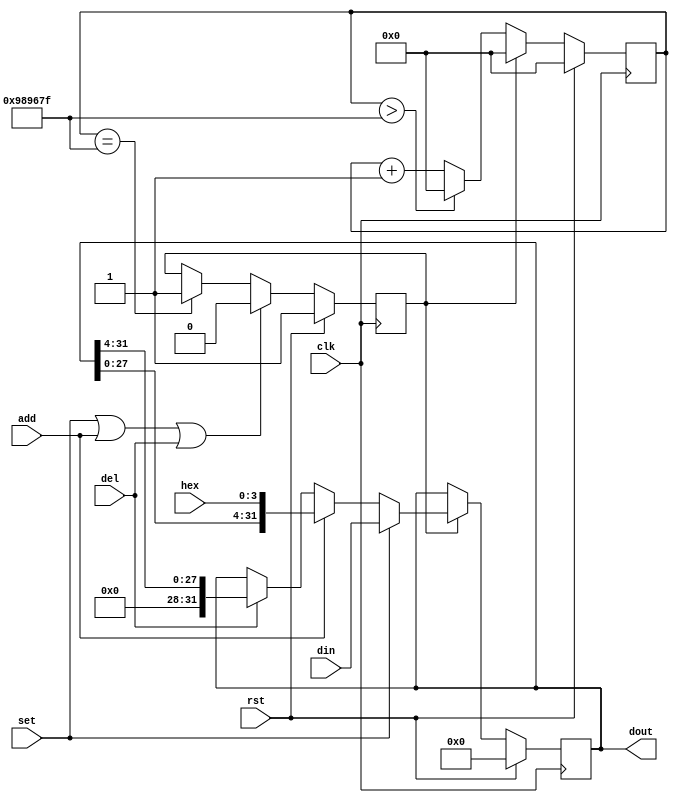
`timescale 1ns / 1ps

/* 
 *   Last update: 2023.04.02
 */


// Lab3's answer is here~
module Shift_reg(
    input rst,
    input clk,          // Work at 100MHz clock

    input [31:0] din,   // Data input  
    input [3:0] hex,    // Hexadecimal code for the switches
    input add,          // Add signal
    input del,          // Delete signal
    input set,          // Set signal
    
    output reg [31:0] dout  // Data output
);

    localparam TIME_100MS = 10000000;
    reg [25:0] cnt_100ms;
    reg enable_flag;

    initial begin   
        enable_flag <= 1;
        cnt_100ms <= 0;
        dout <= 0;
    end


    always @(posedge clk) begin
        if (rst)
            dout <= 0;   
        else if (enable_flag) begin
            if (set) 
                dout <= din;
            else if (add)        
                dout <= {{dout[27:0]}, {hex}};
            else if (del)          
                dout <= {{4'b0}, {dout[31:4]}};          
        end
    end

    // 100ms Refractory period
    always @(posedge clk) begin
        if (rst)
            enable_flag <= 1;
        else begin
            if (set || add || del)
                enable_flag <= 0;
            else if (cnt_100ms == TIME_100MS - 1) 
                enable_flag <= 1;
        end
    end

    always @(posedge clk) begin
        if (rst)
            cnt_100ms <= 0;
        else begin
            if (enable_flag == 1)
                cnt_100ms <= 0;
            else if (cnt_100ms > TIME_100MS - 1) 
                cnt_100ms <= 0;
            else
                cnt_100ms <= cnt_100ms + 1;

        end
    end

endmodule